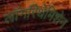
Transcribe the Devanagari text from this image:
लॉगरिथेमिशेन